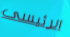
الرئيسى